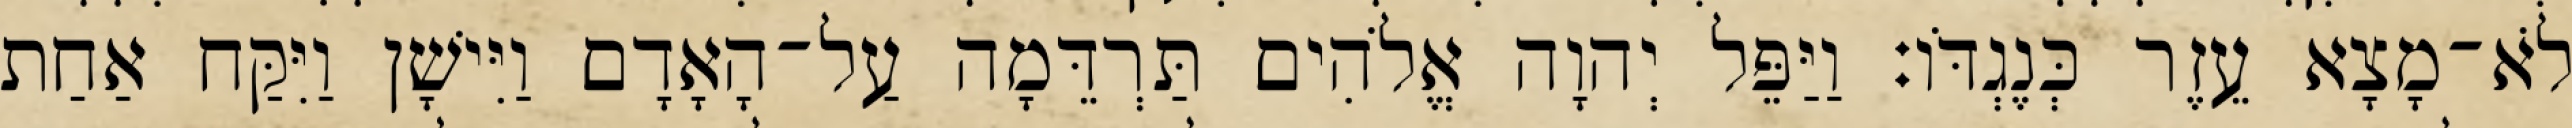
לֹא־מָצָא עֵזֶר כְּנֶגְדֹּו׃ וַיַּפֵּל יְהוָה אֱלֹהִים תַּרְדֵּמָה עַל־הָאָדָם וַיִּישָׁן וַיִּקַּח אַחַת